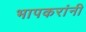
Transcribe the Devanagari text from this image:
भापकरांनी